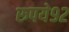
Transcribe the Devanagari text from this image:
रुपये९२